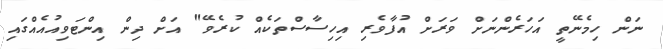
ނަން ހިމެނޭތީ އަހަރެންނަށް ވަރަށް އުފާވެރި އިހިސާސްތަކެއް ކުރެވޭ" އަށް ދިން އިންޓަވިއުއެއްގައި